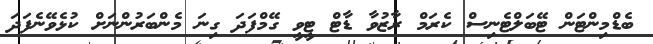
ބެޑްމިންޓަން ޓޭބަލްޓެނިސް ކެރަމް ރާޒުވާ ޑާޓް ޓީވީ ގޭމްފަދަ ގިނަ މެންބަރުންނަށް ކުޅެވޭނެފަދަ